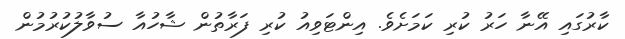
ކާރުގައި އޭނާ ހަރު ކުރި ކަމަށެވެ. އިންޓަވިއު ކުރި ފަރާތުން ޝާހުއާ ސުވާލުކުރުމުން